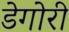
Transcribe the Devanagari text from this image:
डेगोरी